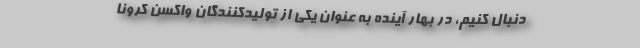
دنبال کنیم، در بهار آینده به عنوان یکی از تولیدکنندگان واکسن کرونا